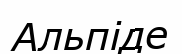
Альпіде